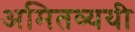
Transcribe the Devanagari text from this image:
अमितव्ययी